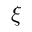
\xi